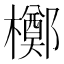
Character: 𬅈